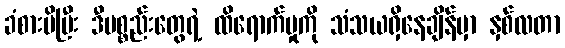
ခံစားမိပြီး ဒီပစ္စည်းတွေရဲ့ ထိရောက်မှုကို သံသယရှိနေချိန်မှာ နှစ်လတာ